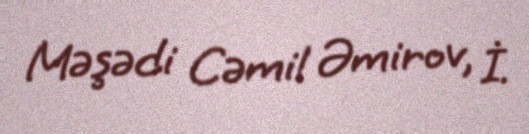
Məşədi Cəmil Əmirov, İ.